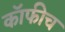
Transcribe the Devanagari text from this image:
कॉफीच